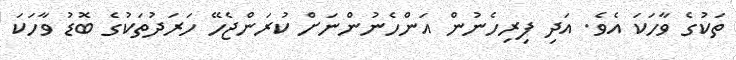
ތަކުގެ ވާހަކަ އެވެ. އަދި ފިރިހެނުން އަންހެނުންނަށް ކުރަންޖެހޭ ހަރަދުތަކުގެ ބޮޑު ވާހަކަ